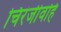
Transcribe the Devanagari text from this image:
चिरंजीवहि